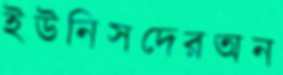
ইউনিসদেরঅন